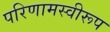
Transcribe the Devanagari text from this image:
परिणामस्वीरूप